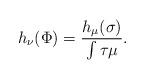
LaTeX: \begin{align*}h_\nu(\Phi)=\frac{h_\mu(\sigma)}{\int \tau \mu}.\end{align*}